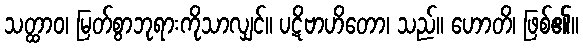
သတ္ထာဝ၊ မြတ်စွာဘုရားကိုသာလျှင်။ ပဋိဗာဟိတော၊ သည်။ ဟောတိ၊ ဖြစ်၏။